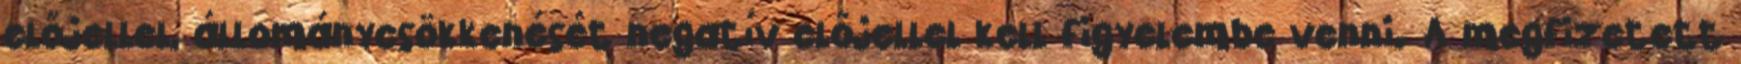
előjellel, állománycsökkenését negatív előjellel kell figyelembe venni. A megfizetett